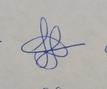
Signature authenticity: genuine